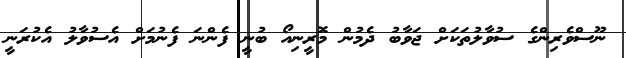
ނޫސްވެރިންގެ ސުވާލުތަކަށް ޖަވާބު ދެމުން މޮރީނިއޯ ބުނީ ފެންނަ ފެނުމަށް އެސުވާލު އެކުރަނީ